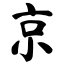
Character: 京